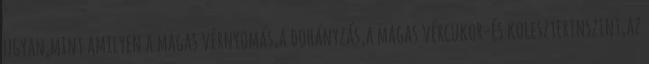
ugyan,mint amilyen a magas vérnyomás,a dohányzás,a magas vércukor-és koleszterinszint,az